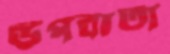
উপবার্তা